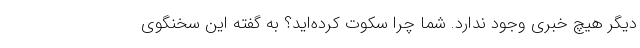
دیگر هیچ خبری وجود ندارد. شما چرا سکوت کرده‌اید؟ به گفته این سخنگوی